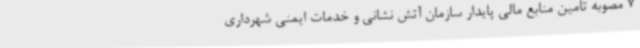
7 مصوبه تامین منابع مالی پایدار سازمان آتش نشانی و خدمات ایمنی شهرداری